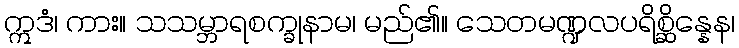
ဣဒံ၊ ကား။ သသမ္ဘာရစက္ခုနာမ၊ မည်၏။ သေတမဏ္ဍလပရိစ္ဆိန္နေန၊